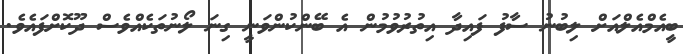
ބީއެމްއެލްއަށް ލިބުނު ސާފު ފައިދާ އިތުރުވުމުން އެ ބޭންކުންވަނީ ގިނަ ލޯނުތަކެއްވެސް ދޫކޮށްފައެވެ.